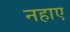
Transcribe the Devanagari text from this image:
नहाए